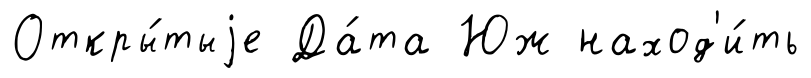
Откры́тыjе Да́та Юж наход'и́ть